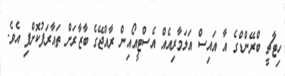
ހިޓާޗީ ބްރޭންޑްގެ އާ އައިސް އަލަމާރިއެއް އެސްޓީއޯއިން ރާއްޖޭގެ ބާޒާރަށް ތައާރަފުކޮށްފި އެވެ.